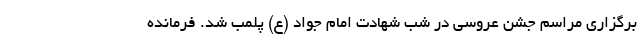
برگزاری مراسم جشن عروسی در شب شهادت امام جواد (ع) پلمب شد. فرمانده